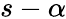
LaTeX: s-\alpha